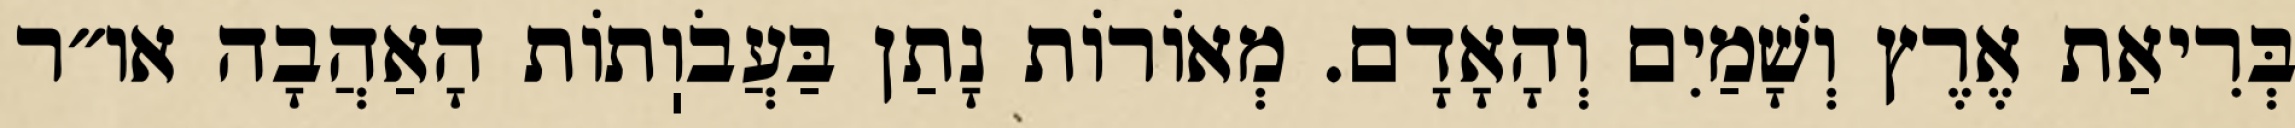
בְּרִיאַת אֶרֶץ וְשָׁמַיִם וְהָאָדָם. מְאוֹרוֹת נָתַן בַּעֲבֹוֽתוֹת הָאַהֲבָה או״ר